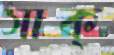
সাক্